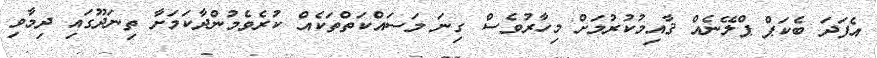
އެފަދަ ބެކަޕް ޕްލޭނެއް ޤާއިމުކުރުމަށް މިހާރުވެސް ގިނަ މަސައްކަތްތަކެއް ކުރެވެމުންދާކަމަށާ ތިނަދޫގައި ދިމާވި